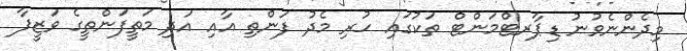
މިދެންނެވުނު ޑިޕާރޓްމަންޓް ތަކުގައި ހުރި މެދު ފަންތި އާއި އަދި މަތީފަންތީގެ ވަޒީފާ